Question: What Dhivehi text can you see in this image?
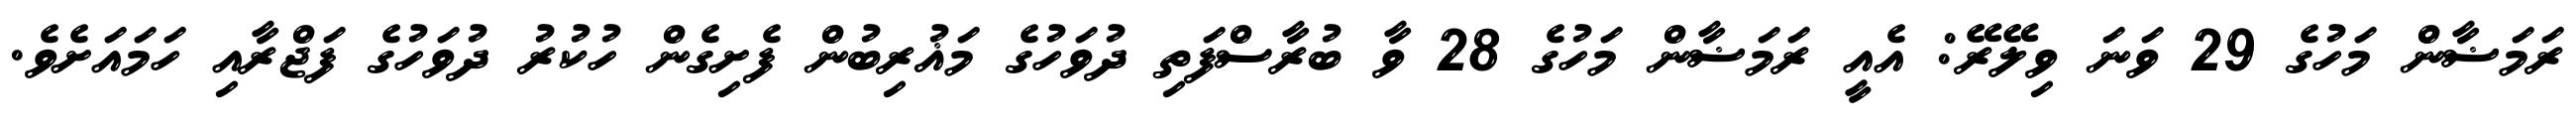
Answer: ރަމަޟާން މަހުގެ 29 ވަނަ ވިލޭރޭ: އެއީ ރަމަޟާން މަހުގެ 28 ވާ ބުރާސްފަތި ދުވަހުގެ މަޣުރިބުން ފެށިގެން ހުކުރު ދުވަހުގެ ފަޖްރާއި ހަމައަށެވެ.